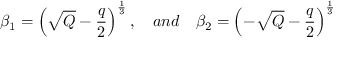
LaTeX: \beta _ { 1 } = \left( \sqrt { Q } - \frac { q } { 2 } \right) ^ { \frac { 1 } { 3 } } , \quad a n d \quad \beta _ { 2 } = \left( - \sqrt { Q } - \frac { q } { 2 } \right) ^ { \frac { 1 } { 3 } }